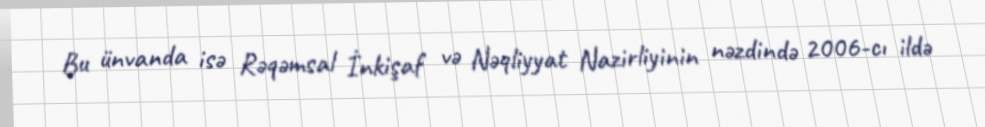
Bu ünvanda isə Rəqəmsal İnkişaf və Nəqliyyat Nazirliyinin nəzdində 2006-cı ildə